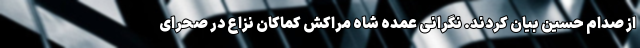
از صدام حسین بیان کردند. نگرانی عمده شاه مراکش کماکان نزاع در صحرای